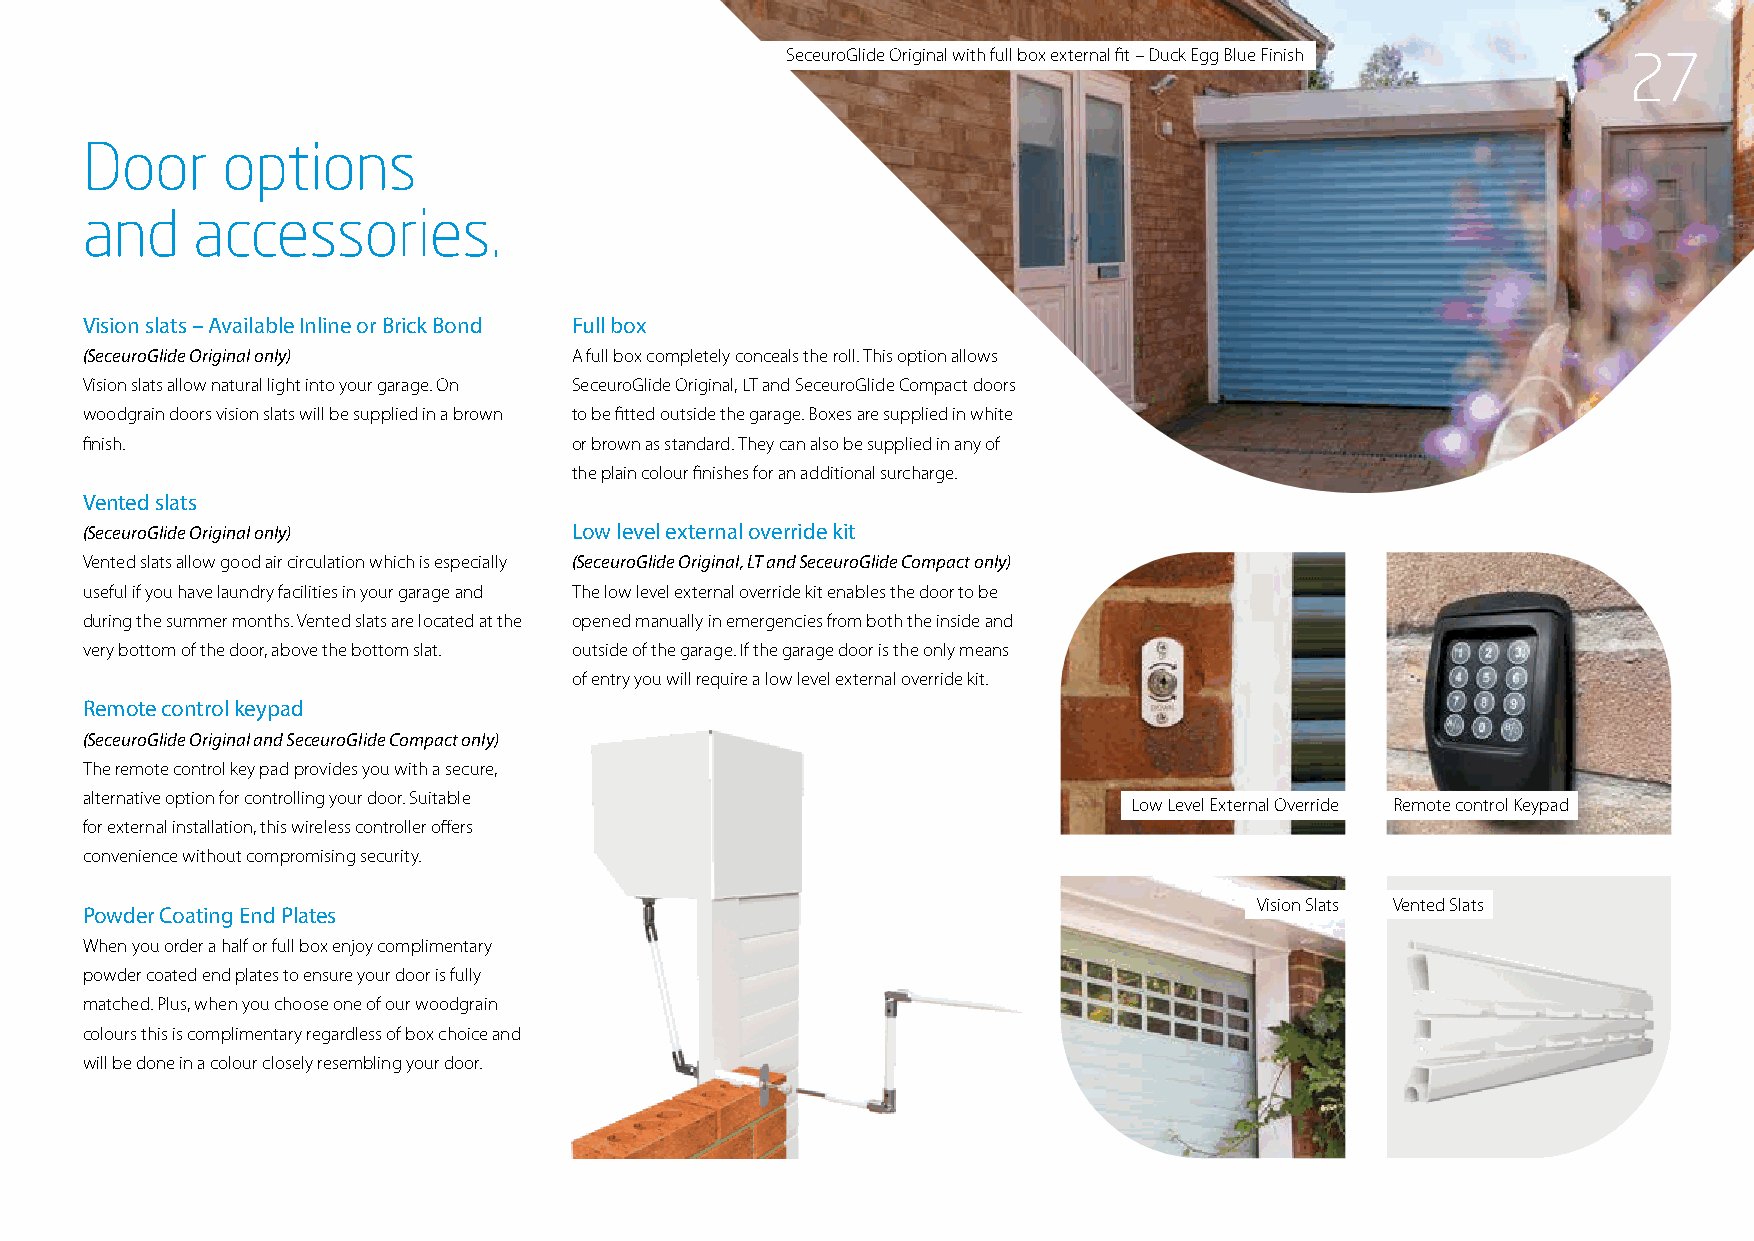
SeceuroGlide Original with full box external fit – Duck Egg Blue Finish 27
 Door      options
 and     accessories.
 Vision slats – Available Inline or Brick Bond Full box
 (SeceuroGlide Original only)     A full box completely conceals the roll. This option allows
 Vision slats allow natural light into your garage. On SeceuroGlide Original, LT and SeceuroGlide Compact doors
 woodgrain doors vision slats will be supplied in a brown to be fitted outside the garage. Boxes are supplied in white
 finish.                          or brown as standard. They can also be supplied in any of
 the plain colour finishes for an additional surcharge.
 Vented slats
 (SeceuroGlide Original only)     Low level external override kit
 Vented slats allow good air circulation which is especially (SeceuroGlide Original, LT and SeceuroGlide Compact only)
 useful if you have laundry facilities in your garage and The low level external override kit enables the door to be
 during the summer months. Vented slats are located at the opened manually in emergencies from both the inside and
 very bottom of the door, above the bottom slat. outside of the garage. If the garage door is the only means
 of entry you will require a low level external override kit.
 Remote control keypad
 (SeceuroGlide Original and SeceuroGlide Compact only)
 The remote control key pad provides you with a secure,
 alternative option for controlling your door. Suitable
 Low Level External Override Remote control Keypad
 for external installation, this wireless controller offers
 convenience without compromising security.
 Vision Slats Vented Slats
 Powder Coating End Plates
 When you order a half or full box enjoy complimentary
 powder coated end plates to ensure your door is fully
 matched. Plus, when you choose one of our woodgrain
 colours this is complimentary regardless of box choice and
 will be done in a colour closely resembling your door.